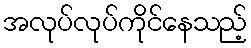
အလုပ်လုပ်ကိုင်နေသည့်